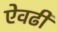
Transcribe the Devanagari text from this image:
ऐवढी